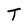
Character: T